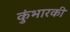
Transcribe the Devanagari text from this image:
कुंभारकी